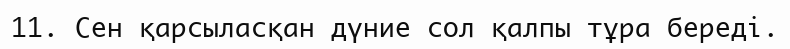
11. Сен қарсыласқан дүние сол қалпы тұра береді.